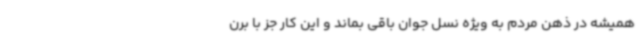
همیشه در ذهن مردم به ویژه نسل جوان باقی بماند و این کار جز با برن